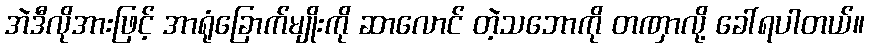
အဲဒီလိုအားဖြင့် အာရုံခြောက်မျိုးကို ဆာလောင် တဲ့သဘောကို တဏှာလို့ ခေါ်ရပါတယ်။